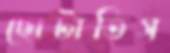
ছোটাতিস